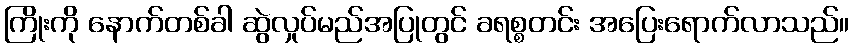
ကြိုးကို နောက်တစ်ခါ ဆွဲလှုပ်မည်အပြုတွင် ခရစ္စတင်း အပြေးရောက်လာသည်။